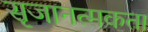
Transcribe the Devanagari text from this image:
सृजानत्मकता